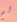
لم